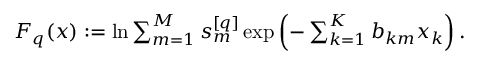
\begin{array} { r } { F _ { q } ( \boldsymbol { x } ) : = \ln \sum _ { m = 1 } ^ { M } s _ { m } ^ { [ q ] } \exp \left( - \sum _ { k = 1 } ^ { K } b _ { k m } x _ { k } \right) . } \end{array}